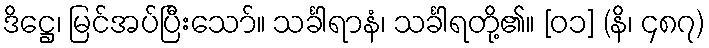
ဒိဋ္ဌေ၊ မြင်အပ်ပြီးသော်။ သင်္ခါရာနံ၊ သင်္ခါရတို့၏။ [၀၁] (နိ၊ ၄၈၇)